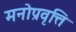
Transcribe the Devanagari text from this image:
मनोप्रवृत्ति